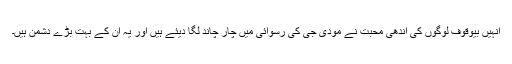
انہیں بیوقوف لوگوں کی اندھی محبت نے مودی جی کی رسوائی میں چار چاند لگا دیئے ہیں اور یہ ان کے بہت بڑے دشمن ہیں۔